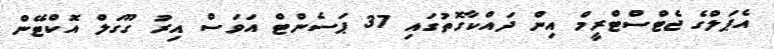
އެޕަލްގެ ޖެޓްސްޓްރީމް އިން ދައްކާގޮތުގައި 37 ޕަސެންޓް އަވަސް އިރު ގޫގަލް އޮކްޓޭން